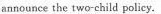
announce the two-child policy.